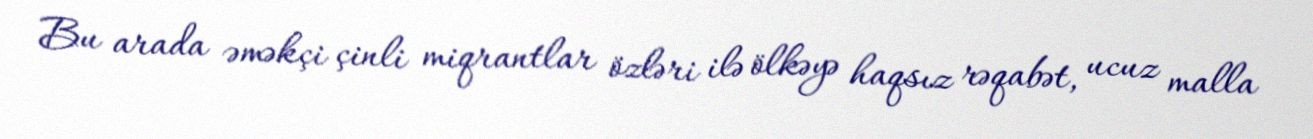
Bu arada əməkçi çinli miqrantlar özləri ilə ölkəyə haqsız rəqabət, ucuz malla